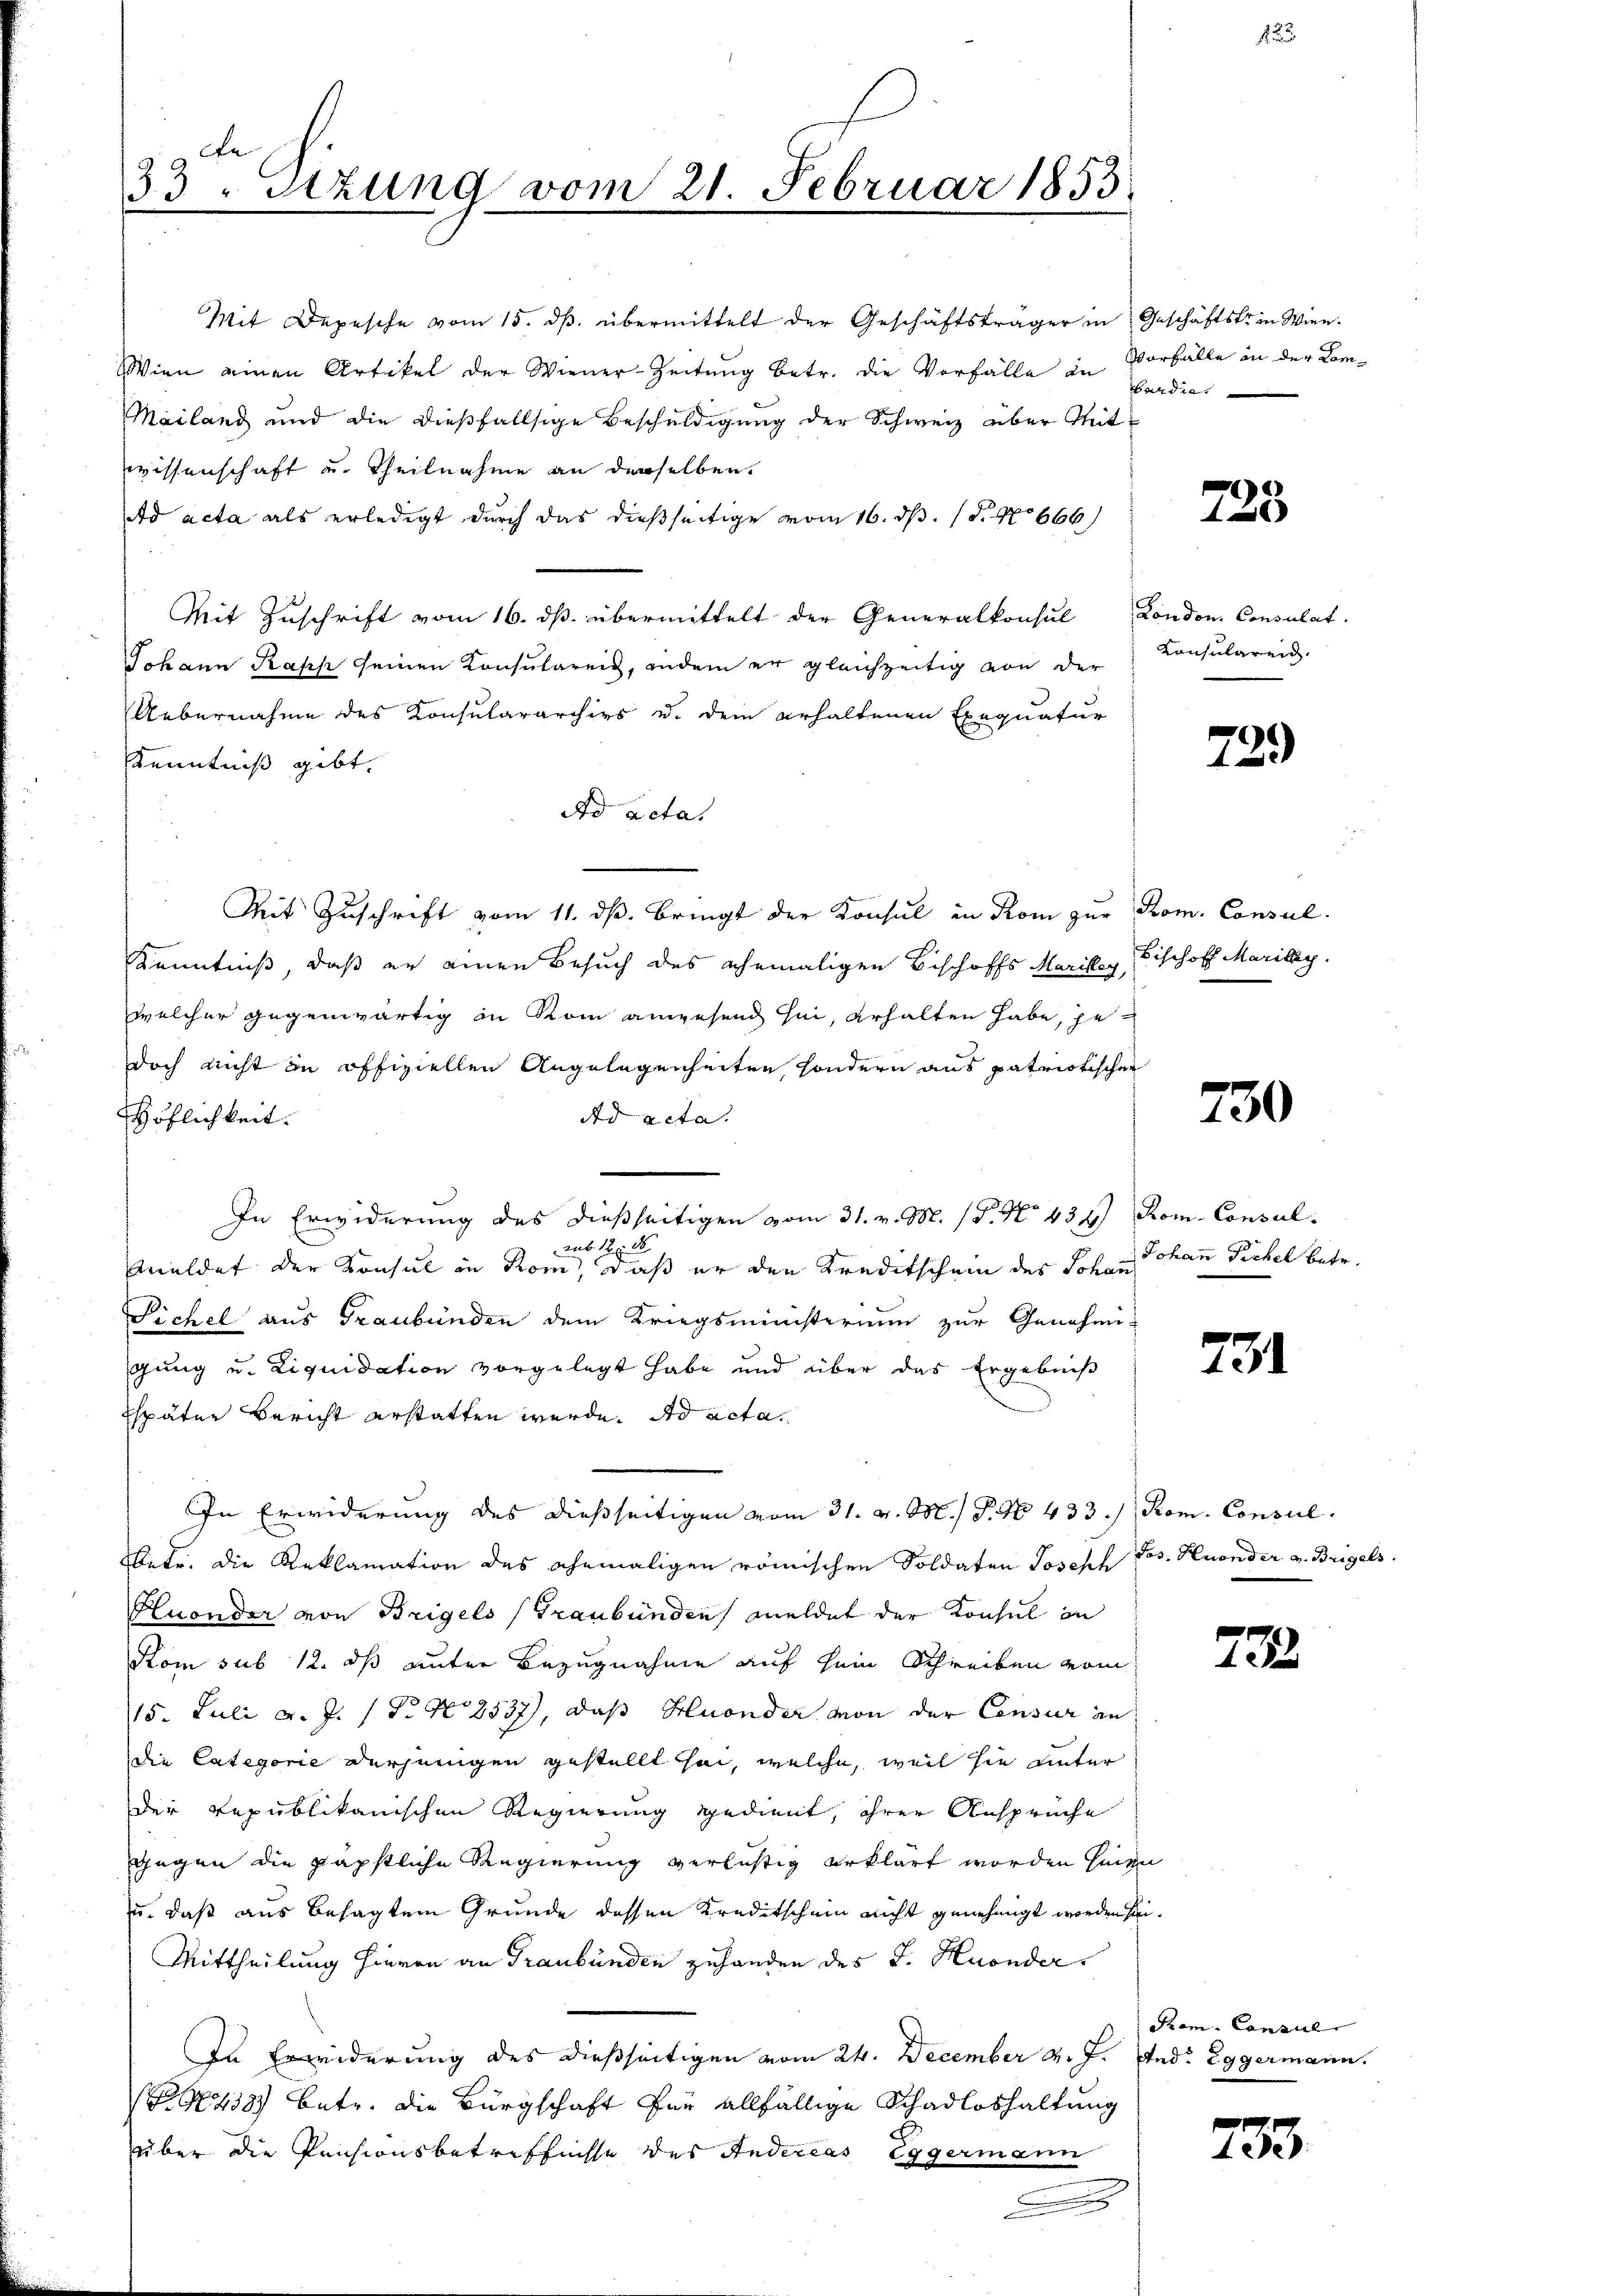
de
33. etzung vom 21 Februar 1853

Mit Depesche vom 15. ds. übermittelt der Geschäftsträger in Geschäftste in Wien¬
Wien einen Artikel der Wiener-Zeitung betr. die Vorfälle an
Mailand und die dießfallsige Beschuldigung der Schweiz über Mitwissenschaft u. Theilnahme an derselben
Ad acta als erledigt durch das dießseitige vom 16. d. 1. No 666
Mit Zuschrift vom 16. ds. übermittelt der Generalkonsul London. Consulat
Johann Kass seinen Konsulareiz, indem er gleichzeitig von der
Uebernahme des Konsulararchivs u. dem erhaltenen Exequatur
Kenntniß gibt.
Ad acta.
Mit Zŭschrift vom 11. dβ. bringt der Konsul in Rom zŭr Rom. Consul-
Kenntniß, daß er einen Besuch des ehemaligen Bischoffs Mariley, Fischoff Marilay.
welcher gegenwärtig in Rom anwesend sei, erhalten habe, jedoch nicht in offiziellen Angelegenheiten, sondern aus patriotischen
Ad acta.
Höflichkeit.
In Erwiderung des dießseitigen vom 31. v. M. (T. No 434.) Rom. Consul
aub. 120 d
Auldet der Konsul in Rom, daß er den Kreditschain des Johan Johann Pöchel betr.
Sichel aus Graubünden dem Kriegsministerium zur Genehmigung u. Liquidation vorgelegt habe und über das Ergebniß
Espäter Bericht erstatten werde. Der acta.
In Erwiderung des dießseitigen vom 31. v. M. P. N. 433. Rom. Consul
etr. die Reklamation des ehemaligen römischen Soldaten Joseph
Pluonder von Brigels (Graubünden meldet der Konsul in
Kom sub 12. ds unter Bezugnahme auf sein Schreiben vom
15. Juli d. J. P. No 8537), daß Hluonder von der Consur an
die Categorie derjenigen gestellt sei, welche, weil sie unter
der republikanischen Regierung gedient, ihrer Ansprüche
Gegen die päpstliche Regierung verlistig erklärt worden hingen
u. daß aus besagten Grunde dessen Kreditschein nicht genehmigt worden sei.
Mittheilung hievon an Graubünden zuhanden des J. Huonder
In Erwiderung des dießseitigen vom 24. December v. J. And. Eggermann.
G13) betr. die Bürgschaft für allfällige Schadloshaltung
über die Pensionsbetreffnisse des Andereas Eggermann
.

Vorfalle in der Comaudie

725

Konsularen.

729)

730

731

Jos. Honder v. Beigels

732

Rem. Consul

733